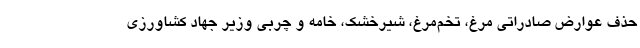
حذف عوارض صادراتی مرغ، تخم‌مرغ، شیرخشک، خامه و چربی وزیر جهاد کشاورزی